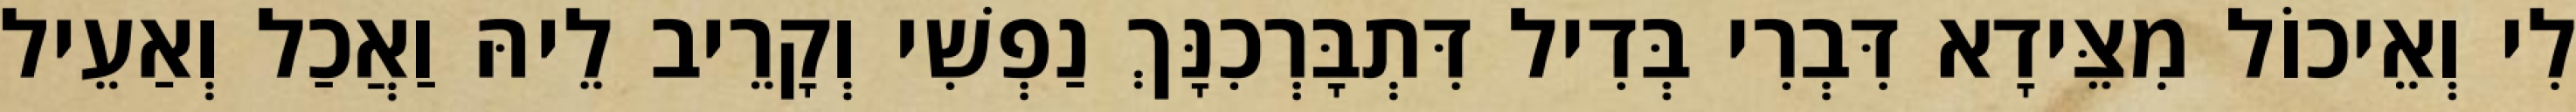
לִי וְאֵיכוֹל מִצֵּידָא דִּבְרִי בְּדִיל דִּתְבָּרְכִנָּךְ נַפְשִׁי וְקָרֵיב לֵיהּ וַאֲכַל וְאַעֵיל